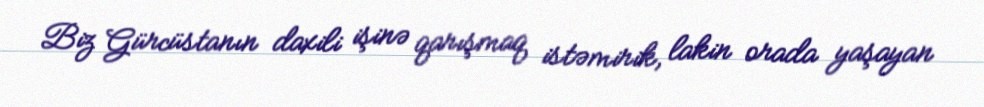
Biz Gürcüstanın daxili işinə qarışmaq istəmirik, lakin orada yaşayan